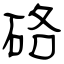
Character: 硌